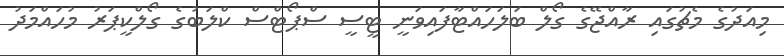
މިއަދުގެ މެޗުގައި ރާއްޖޭގެ ގޯލް ބަލަހައްޓާފައިވަނީ ޓީސީ ސްޕޯޓްސް ކްލަބުގެ ގޯލްކީޕަރު މުހައްމަދު